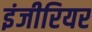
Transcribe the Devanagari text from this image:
इंजीरियर